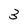
Character: 3